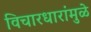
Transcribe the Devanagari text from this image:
विचारधारांमुळे